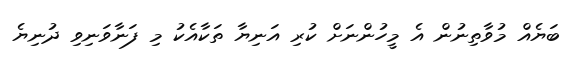
ބަޔެއް މުވާތިނުން އެ މީހުންނަށް ކުރި އަނިޔާ ތަކާއެކު މި ފަނާވަނިވި ދުނިޔެ